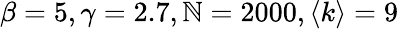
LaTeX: \beta=5,\gamma=2.7,\mathbb{N}=2000,\left<k\right>=9